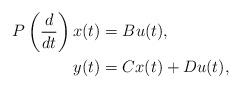
LaTeX: \begin{align*}\begin{aligned}P\left(\frac{d}{dt}\right) x(t) &= B u(t), \\y(t) &= C x(t) + D u(t),\end{aligned} \end{align*}